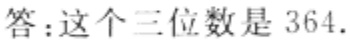
答：这个三位数是 364.